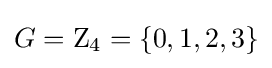
G=\mathrm {Z} _{4}=\left\{0,1,2,3\right\}